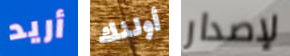
أريد أولئك لإصدار